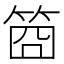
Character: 𥭮